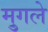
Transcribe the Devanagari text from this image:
मु्गले